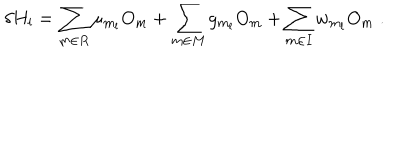
\delta H _ { l } = \sum _ { m \in R } \mu _ { m _ { l } } O _ { m } + \sum _ { m \in M } g _ { m _ { l } } O _ { m } + \sum _ { m \in I } w _ { m _ { l } } O _ { m } \; .